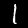
Digit: 1